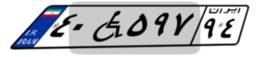
۷۸W۵۳۵۰۸